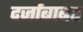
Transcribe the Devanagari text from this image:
दर्जाबाबत